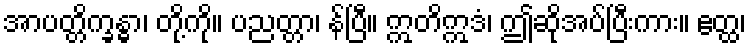
အာပတ္တိက္ခန္ဓာ၊ တို့ကို။ ပညတ္တာ၊ န်ပြီ။ ဣတိဣဒံ၊ ဤဆိုအပ်ပြီးကား။ ဧတ္ထ၊